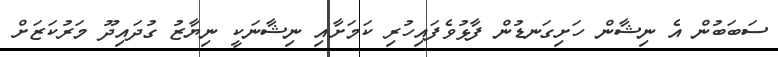
ސަބަބުން އެ ނިޝާން ހަށިގަނޑުން ފާޅުވެފައިހުރި ކަމަށާއި ނިޝާނަކީ ނިޔާޒު ގުދައިދޫ މަރުކަޒަށް